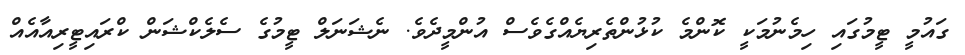
ގައުމީ ޓީމުގައި ހިމެނުމަކީ ކޮންމެ ކުޅުންތެރިޔެއްގެވެސް އުންމީދެވެ. ނެޝަނަލް ޓީމުގެ ސެލެކްޝަން ކްރައިޓީރިއާއެއް